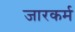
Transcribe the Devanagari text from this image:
जारकर्म